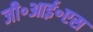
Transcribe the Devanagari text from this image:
जी॰आई॰एस